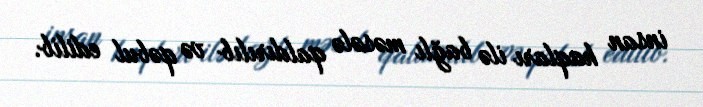
insan haqları ilə bağlı məsələ qaldırılıb və qəbul edilib.